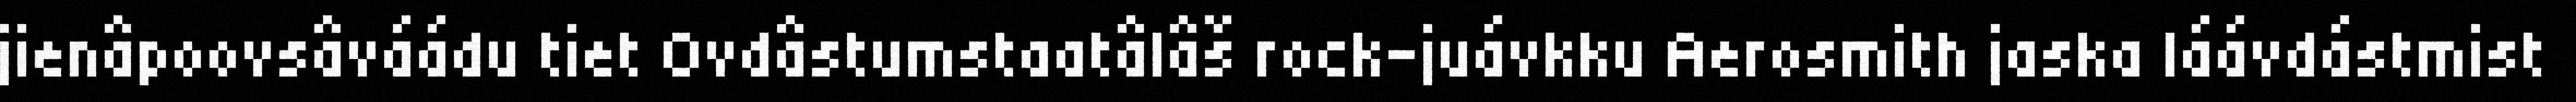
jienâpoovsâváádu tiet Ovdâstumstaatâlâš rock-juávkku Aerosmith jaska láávdástmist